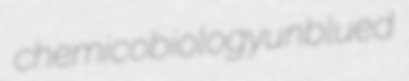
chemicobiology unblued